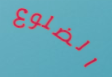
الضلوع